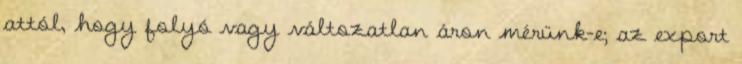
attól, hogy folyó vagy változatlan áron mérünk-e; az export